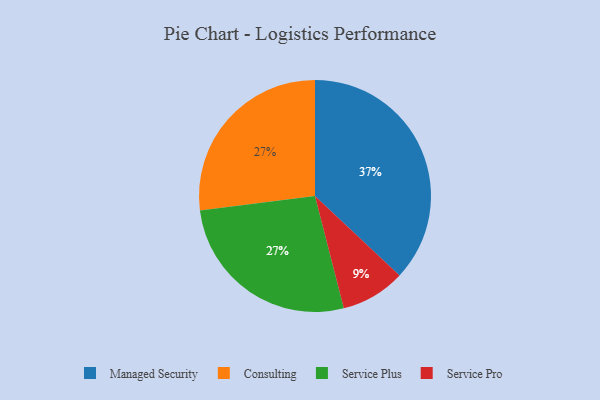
{"axis": {"x": "Category", "y": "Percentage"}, "legend": ["Consulting", "Managed Security", "Service Plus", "Service Pro"], "data": [{"x": "Consulting", "y": 27, "type": "Consulting"}, {"x": "Managed Security", "y": 37, "type": "Managed Security"}, {"x": "Service Plus", "y": 27, "type": "Service Plus"}, {"x": "Service Pro", "y": 9, "type": "Service Pro"}]}